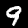
Digit: 9